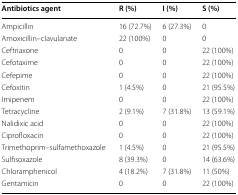
<table><thead><tr><td><b>Antibiotics agent</b></td><td><b>R (%)</b></td><td><b>I (%)</b></td><td><b>S (%)</b></td></tr></thead><tbody><tr><td>Ampicillin</td><td>16 (72.7%)</td><td>6 (27.3%)</td><td>0</td></tr><tr><td>Amoxicillin–clavulanate</td><td>22 (100%)</td><td>0</td><td>0</td></tr><tr><td>Ceftriaxone</td><td>0</td><td>0</td><td>22 (100%)</td></tr><tr><td>Cefotaxime</td><td>0</td><td>0</td><td>22 (100%)</td></tr><tr><td>Cefepime</td><td>0</td><td>0</td><td>22 (100%)</td></tr><tr><td>Cefoxitin</td><td>1 (4.5%)</td><td>0</td><td>21 (95.5%)</td></tr><tr><td>Imipenem</td><td>0</td><td>0</td><td>22 (100%)</td></tr><tr><td>Tetracycline</td><td>2 (9.1%)</td><td>7 (31.8%)</td><td>13 (59.1%)</td></tr><tr><td>Nalidixic acid</td><td>0</td><td>0</td><td>22 (100%)</td></tr><tr><td>Ciprofloxacin</td><td>0</td><td>0</td><td>22 (100%)</td></tr><tr><td>Trimethoprim–sulfamethoxazole</td><td>1 (4.5%)</td><td>0</td><td>21 (95.5%)</td></tr><tr><td>Sulfisoxazole</td><td>8 (39.3%)</td><td>0</td><td>14 (63.6%)</td></tr><tr><td>Chloramphenicol</td><td>4 (18.2%)</td><td>7 (31.8%)</td><td>11 (50%)</td></tr><tr><td>Gentamicin</td><td>0</td><td>0</td><td>22 (100%)</td></tr></tbody></table>